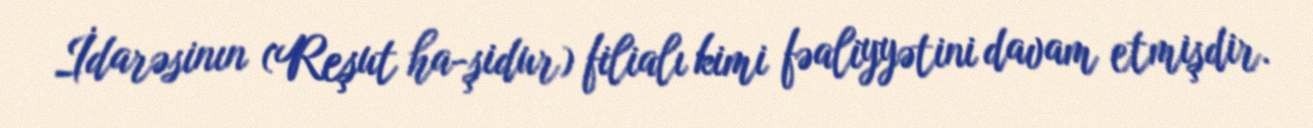
İdarəsinın (Reşut ha-şidur) filialı kimi fəaliyyətini davam etmişdir.